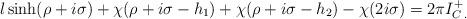
LaTeX: \begin{align*}l\sinh (\rho +i\sigma )+\chi (\rho +i\sigma -h_{1})+\chi (\rho +i\sigma -h_{2})-\chi (2i\sigma )=2\pi I^{+}_{C\: .}\end{align*}